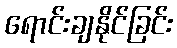
ရောင်းချနိုင်ခြင်း